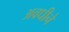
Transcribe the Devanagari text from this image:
अवधीने